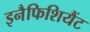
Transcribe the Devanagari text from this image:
इनैफिशियैंट